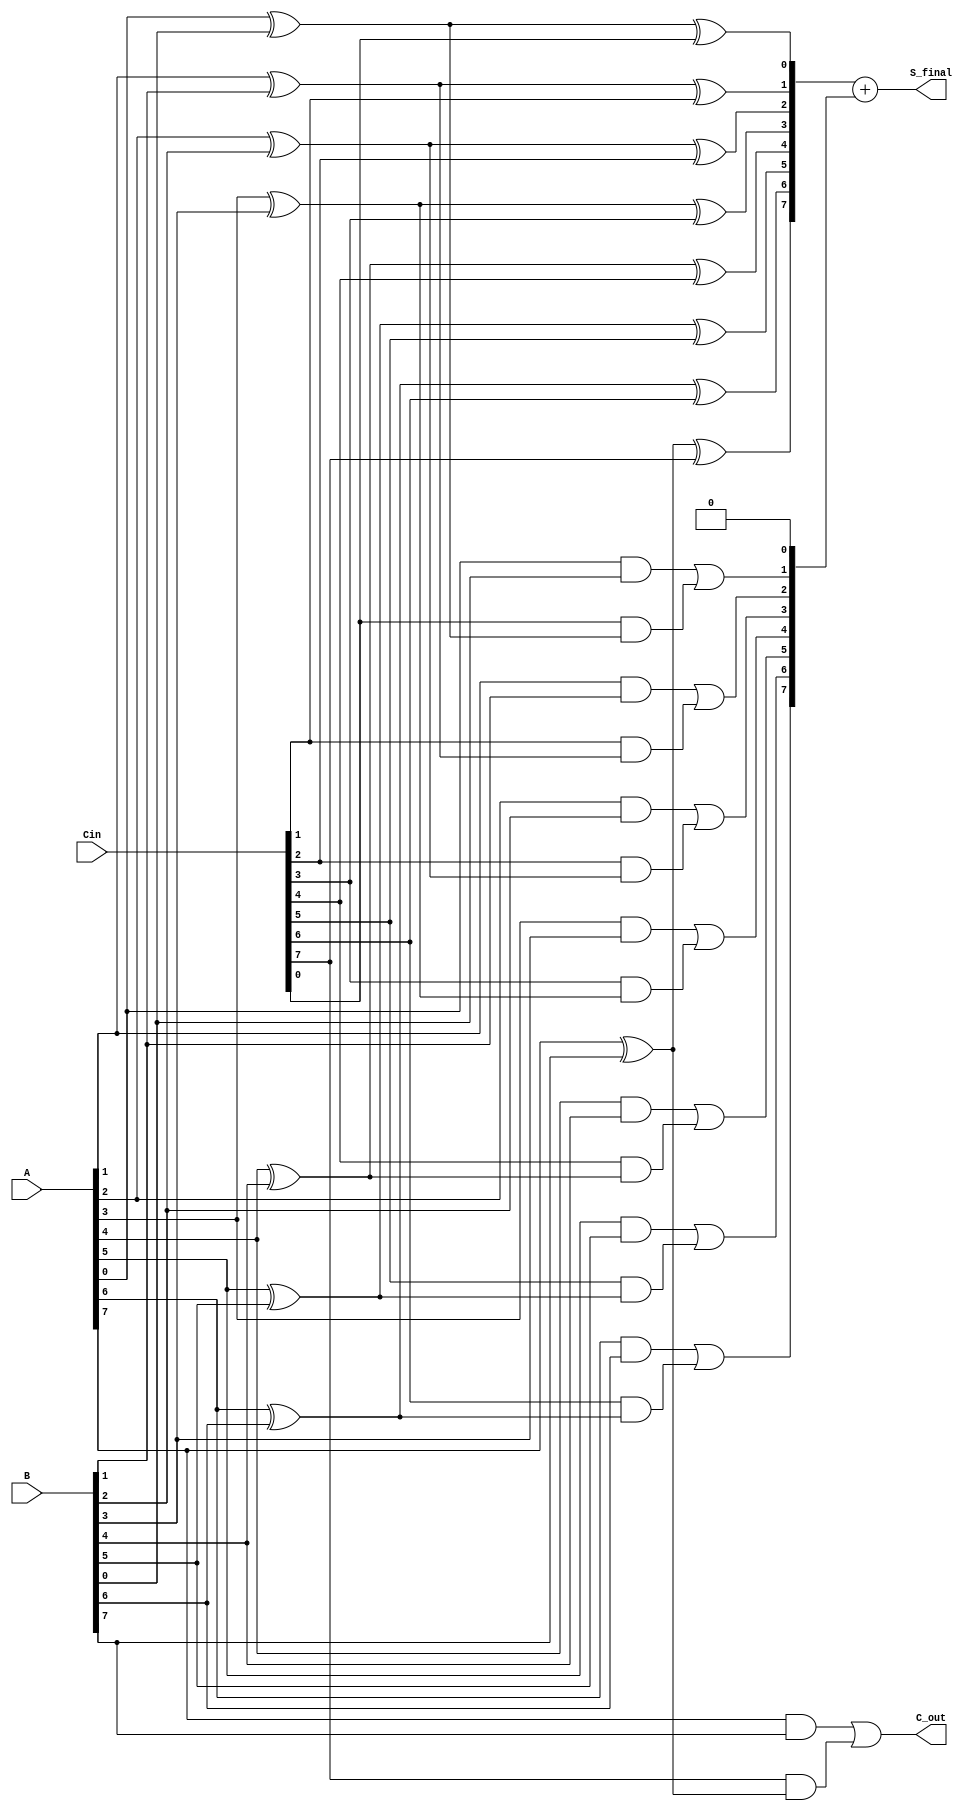
module CarrySaveAdder #(parameter N = 8) (
    input  [N-1:0] A,      // First input
    input  [N-1:0] B,      // Second input
    input  [N-1:0] Cin,    // Carry-in input
    output [N-1:0] S_final, // Final sum output
    output C_out           // Carry-out output
);

    wire [N-1:0] S;        // Partial sum
    wire [N:0] C;          // Carry bits (N+1 for overflow)
    
    // Generate partial sums and carries
    genvar i;
    generate
        for (i = 0; i < N; i = i + 1) begin : CSA
            // Sum calculation
            assign S[i] = A[i] ^ B[i] ^ Cin[i];
            
            // Carry calculation
            assign C[i+1] = (A[i] & B[i]) | (Cin[i] & (A[i] ^ B[i]));
        end
    endgenerate

    // Final carry out from the last carry bit
    assign C[0] = 0; // Initial carry-in is 0
    assign C_out = C[N]; // Final carry-out

    // Final sum calculation with carry propagation
    assign S_final = S + C[N-1:0]; // Add the last carry to the partial sum

endmodule